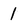
Character: 1